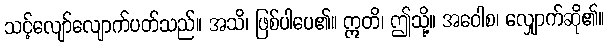
သင့်လျော်လျောက်ပတ်သည်။ အသိ၊ ဖြစ်ပါပေ၏။ ဣတိ၊ ဤသို့။ အဝေါစ၊ လျှောက်ဆို၏။